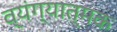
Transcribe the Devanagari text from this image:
व्‍यंग्‍यात्‍मक